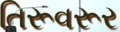
તિરૂવરૂર